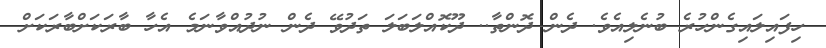
ހިފައިލައިގެންހުރެ ބުނެލިއެވެ. ދެން ދޮންތާ.. ދޫކޮއްލަބަލަ ތަދުވޭ ދެން ނުދުއްވާނަމެ އެހާ ބާރަކަށްބާރަކަށް